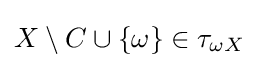
X\setminus C\cup \left\{\omega \right\}\in \tau _{\omega X}